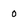
Character: 0